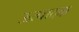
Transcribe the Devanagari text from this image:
ऊत्पादक